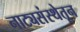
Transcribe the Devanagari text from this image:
नाट्यसंस्थेतून